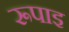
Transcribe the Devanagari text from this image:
रूपाइ